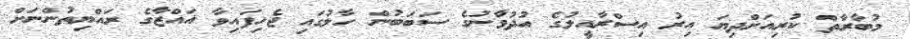
މުބާރާތް ކުރިއަށްދިޔަ އިރު އިސްރާއީލުގެ އުދުވާނުގެ ސަބަބުން ހާލުގައި ޖެހިފައިވާ ޣައްޒާގެ ރައްޔިތުންނަށް